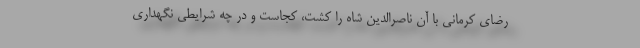
رضای کرمانی با آن ناصرالدین شاه را کشت، کجاست و در چه شرایطی نگهداری